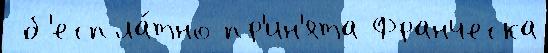
 б'еспла́тно пр'ин'ята Франческа